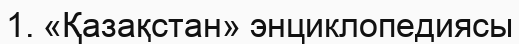
1. «Қазақстан» энциклопедиясы